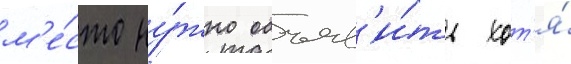
м'е́сто ну́жно объяв'и́ть хот'я́